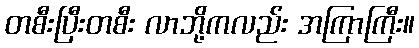
တစီးပြီးတစီး လာဘို့ကလည်း အကြာကြီး။